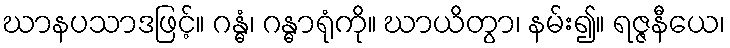
ဃာနပသာဒဖြင့်။ ဂန္ဓံ၊ ဂန္ဓာရုံကို။ ဃာယိတွာ၊ နမ်း၍။ ရဇ္ဇနီယေ၊